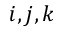
i , j , k